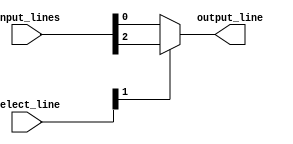
module mux_4to1(
    input [3:0] input_lines,
    input [1:0] select_line,
    output output_line
);

assign output_line = select_line[1] ? input_lines[3:2] : input_lines[1:0];

endmodule